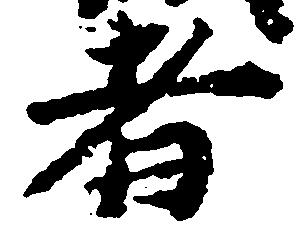
者